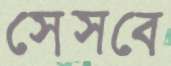
সেসবে